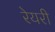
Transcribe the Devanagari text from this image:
रेयरी